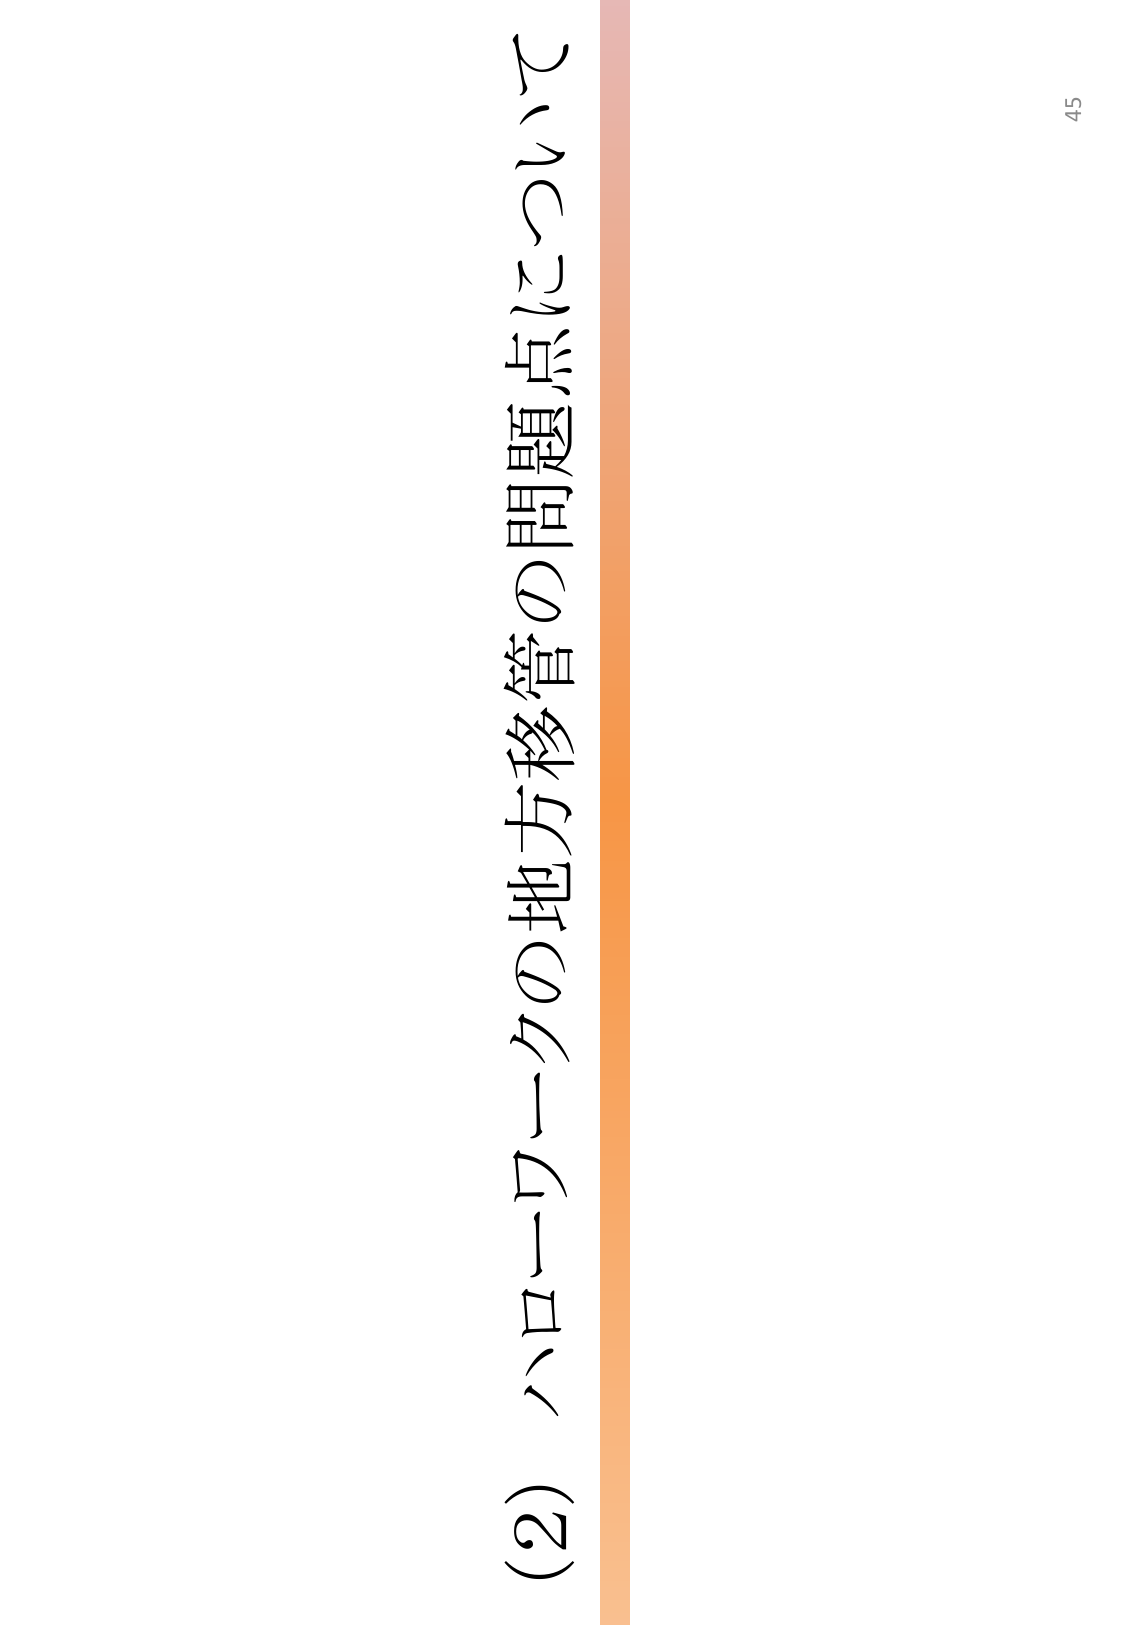
(2) ハローワークの地方移管の問題点について
45